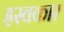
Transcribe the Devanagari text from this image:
ह्रस्वकार